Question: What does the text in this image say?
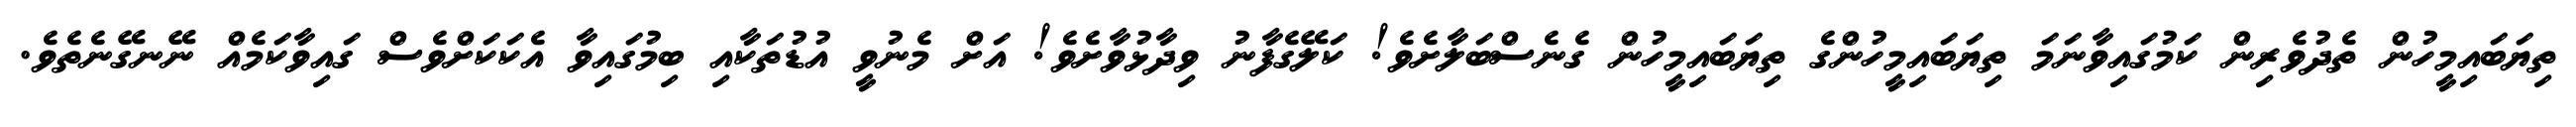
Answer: ތިޔަބައިމީހުން ތެދުވެރިން ކަމުގައިވާނަމަ ތިޔަބައިމީހުންގެ ތިޔަބައިމީހުން ގެނެސްބަލާށެވެ! ކަލޭގެފާނު ވިދާޅުވާށެވެ! އަށް މެނުވީ އުޑުތަކާއި ބިމުގައިވާ އެކަކަށްވެސް ގައިވާކަމެއް ނޭނގޭނެތެވެ.